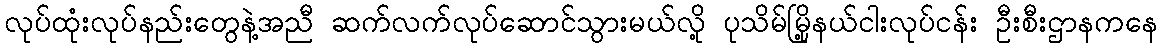
လုပ်ထုံးလုပ်နည်းတွေနဲ့အညီ ဆက်လက်လုပ်ဆောင်သွားမယ်လို့ ပုသိမ်မြို့နယ်ငါးလုပ်ငန်း ဦးစီးဌာနကနေ